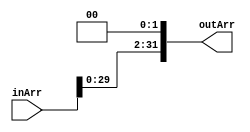
module shiftLeft_2bit(outArr,inArr);
	output[31:0] outArr;
	input [31:0] inArr;
	assign outArr = {inArr[29:0], 1'b0, 1'b0};
endmodule